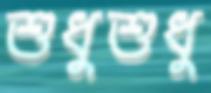
শুধুশুধু